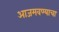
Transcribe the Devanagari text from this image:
आजमवण्याचा